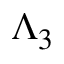
\Lambda _ { 3 }